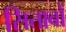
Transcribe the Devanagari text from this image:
सिताबों